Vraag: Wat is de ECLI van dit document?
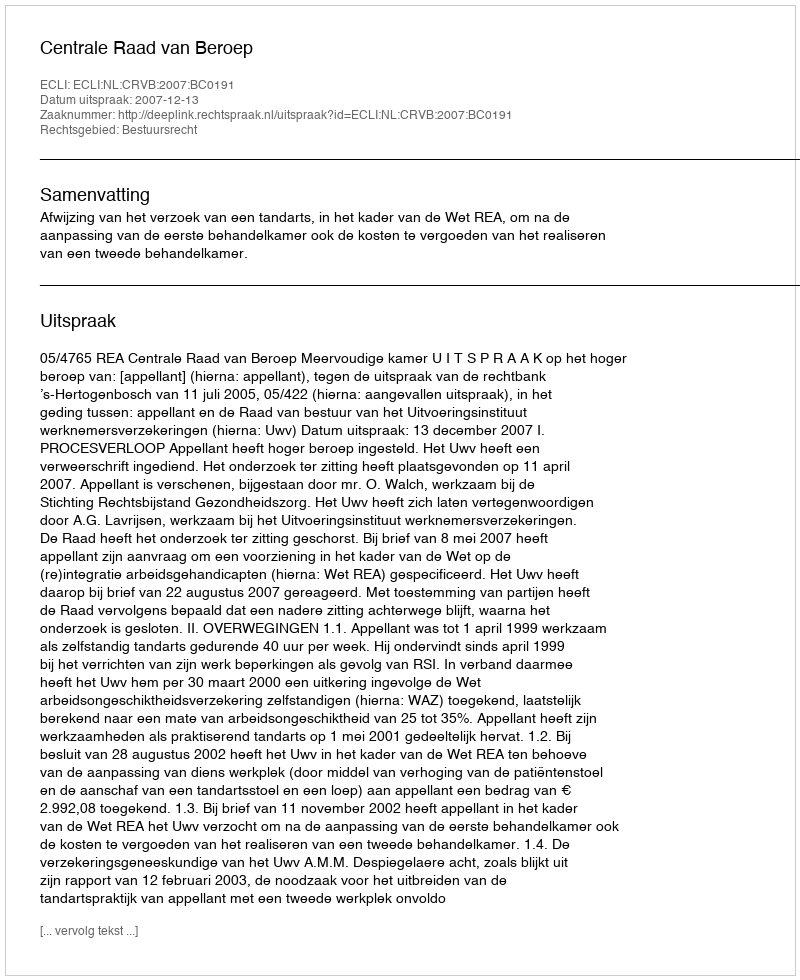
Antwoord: ECLI:NL:CRVB:2007:BC0191